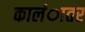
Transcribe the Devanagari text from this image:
कालंातर